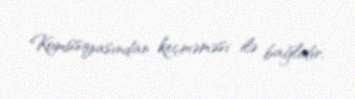
Komissiyasından keçməməsi ilə bağlıdır.